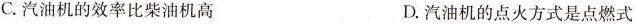
C.汽油机的效率比柴油机高 D.汽油机的点火方式是点燃式